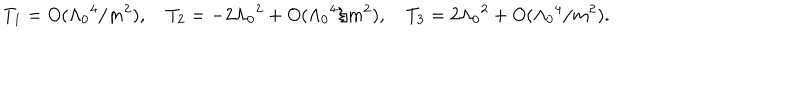
LaTeX: T _ { 1 } = O ( \Lambda _ { 0 } { } ^ { 4 } / m ^ { 2 } ) , \quad T _ { 2 } = - 2 \Lambda _ { 0 } { } ^ { 2 } + O ( \Lambda _ { 0 } { } ^ { 4 } / m ^ { 2 } ) , \quad T _ { 3 } = 2 \Lambda _ { 0 } { } ^ { 2 } + O ( \Lambda _ { 0 } { } ^ { 4 } / m ^ { 2 } ) .